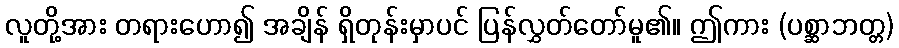
လူတို့အား တရားဟော၍ အချိန် ရှိတုန်းမှာပင် ပြန်လွှတ်တော်မူ၏။ ဤကား (ပစ္ဆာဘတ္တ)